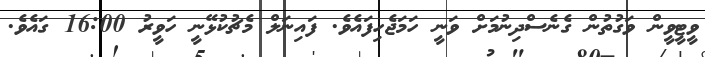
ވީޓީވީން ވަގުތުން ގެނެސްދިނުމަށް ވަނީ ހަމަޖެހިފައެވެ. ފައިނަލް މެޗުކުޅޭނީ ހަވީރު 16:00 ގައެވެ.